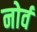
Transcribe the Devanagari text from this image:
नोर्व